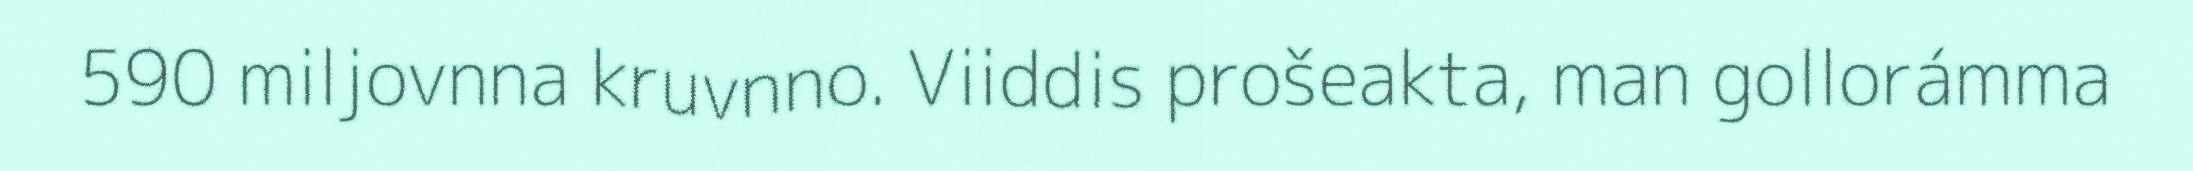
590 miljovnna kruvnno. Viiddis prošeakta, man gollorámma